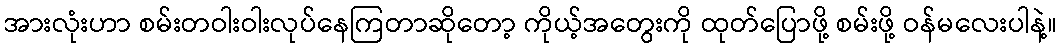
အားလုံးဟာ စမ်းတဝါးဝါးလုပ်နေကြတာဆိုတော့ ကိုယ့်အတွေးကို ထုတ်ပြောဖို့ စမ်းဖို့ ဝန်မလေးပါနဲ့။